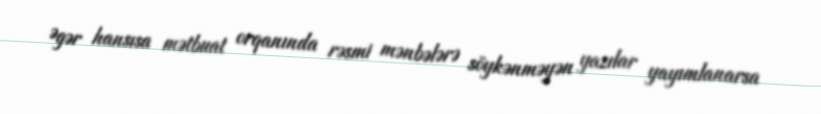
Əgər hansısa mətbuat orqanında rəsmi mənbələrə söykənməyən yazılar yayımlanarsa